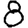
Digit: 8